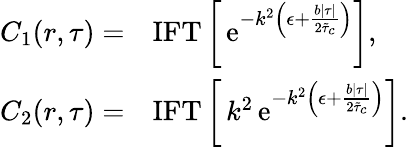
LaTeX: \begin{array}{rl}{C_{1}(r,\tau)=}&{{\mathrm{IFT}}\left[\, \mathrm{e}^{-k^{2}\left(\epsilon+\frac{b\lvert\tau\rvert}{2\tilde{\tau}_{c}}\right)}\right],}\\ {C_{2}(r,\tau)=}&{{\mathrm{IFT}}\left[\, k^{2}\, \mathrm{e}^{-k^{2}\left(\epsilon+\frac{b\lvert\tau\rvert}{2\tilde{\tau}_{c}}\right)}\right].}\end{array}